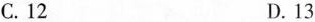
C.12 D.13